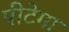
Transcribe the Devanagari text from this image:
पीटेगा